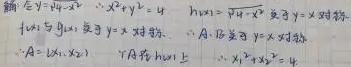
题目似乎存在一些表述不清和错误内容，以下是尽力按照可识别部分的Latex呈现：

\[
\begin{align*}
& \text{解: 令}y = 4x - x^{2},\cdots x^{2}-x + y - 4 = 0\\
& \text{令}h(x)=\sqrt{4x - x^{2}}\text{ 则}y = x + 4\text{ 对}x\cdots\\
& \text{令}f(x)=y\text{ 则}y = x + 4\text{ 对}x\cdots\\
& A = \{ (x_{1},x_{2})|y = x + 4\text{ 对}x\cdots\}\\
& \cdots A\cap B\neq\varnothing\Rightarrow x^{2}-x + y - 4 = 0\\
\end{align*}
\]

需要说明的是，原内容表意较混乱，上述只是按呈现形式简单转换，可能与原意存在偏差。